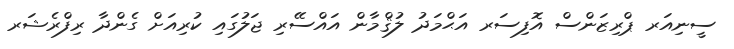
ސީނިއަރ ޕްރިޒަންސް އޮފިސަރ އަޙްމަދު ލުޤްމާން އައްސޭރި ޖަލުގައި ކުރިއަށް ގެންދާ ރިފްރެޝަރ